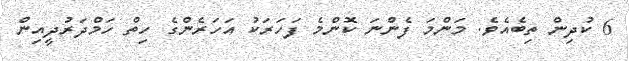
6 ކުދިން ތިބެއެވެ. މަންމަ ފެންނަ ކޮންމެ ފަހަރަކު އަހަރެންގެ ހިތް ހަމްދަރުދީއިން